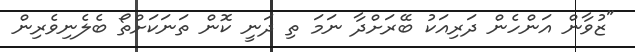
"ޒުވާން އަންހެން ދަރިއަކު ބޭރަށްދާ ނަމަ ތި ދަނީ ކޮން ތަނަކަށްތޯ ބެލެނިވެރިން